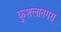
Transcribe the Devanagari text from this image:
कुशलानगरा